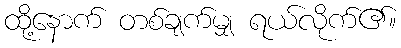
ထို့နောက် တစ်ချက်မျှ ရယ်လိုက်၏။